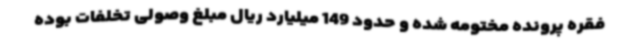
فقره پرونده مختومه شده و حدود 149 میلیارد ریال مبلغ وصولی تخلفات بوده